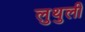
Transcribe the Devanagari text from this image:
लुथुली